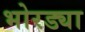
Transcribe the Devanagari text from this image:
भोरड्या